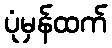
ပုံမှန်ထက်